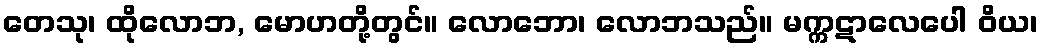
တေသု၊ ထိုလောဘ, မောဟတို့တွင်။ လောဘော၊ လောဘသည်။ မက္ကဋာလေပေါ ဝိယ၊